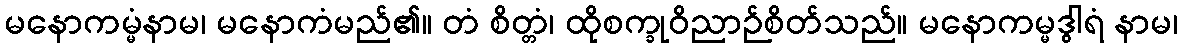
မနောကမ္မံနာမ၊ မနောကံမည်၏။ တံ စိတ္တံ၊ ထိုစက္ခုဝိညာဉ်စိတ်သည်။ မနောကမ္မဒွါရံ နာမ၊